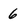
Character: 6